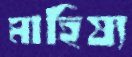
মাহিষ্য